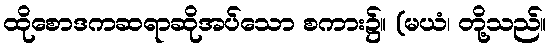
ထိုစောဒကဆရာဆိုအပ်သော စကား၌။ (မယံ၊ တို့သည်။